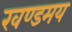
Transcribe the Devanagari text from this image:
खण्डमय